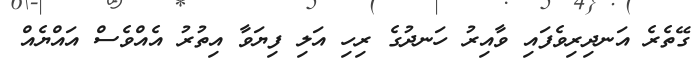
ގޭތެރެ އަނދިރިވެފައި ވާއިރު ހަނދުގެ ރިހި އަލި ފިޔަވާ އިތުރު އެއްވެސް އައްޔެއް